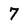
Character: 7